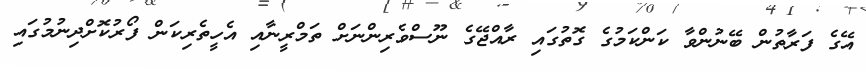
އޭގެ ފަރާތުން ބޭނުންވާ ކަންކަމުގެ ގޮތުގައި ރާއްޖޭގެ ނޫސްވެރިންނަށް ތަމްރީނާއި އެހީތެރިކަން ފޯރުކޮށްދިނުމުގައި